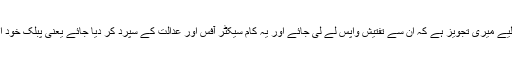
پولیس اصلاح کے لیے میری تجویز ہے کہ ان سے تفتیش واپس لے لی جائے اور یہ کام سیکٹر آفس اور عدالت کے سپرد کر دیا جائے یعنی پبلک خود اپنے فیصلے کرے۔